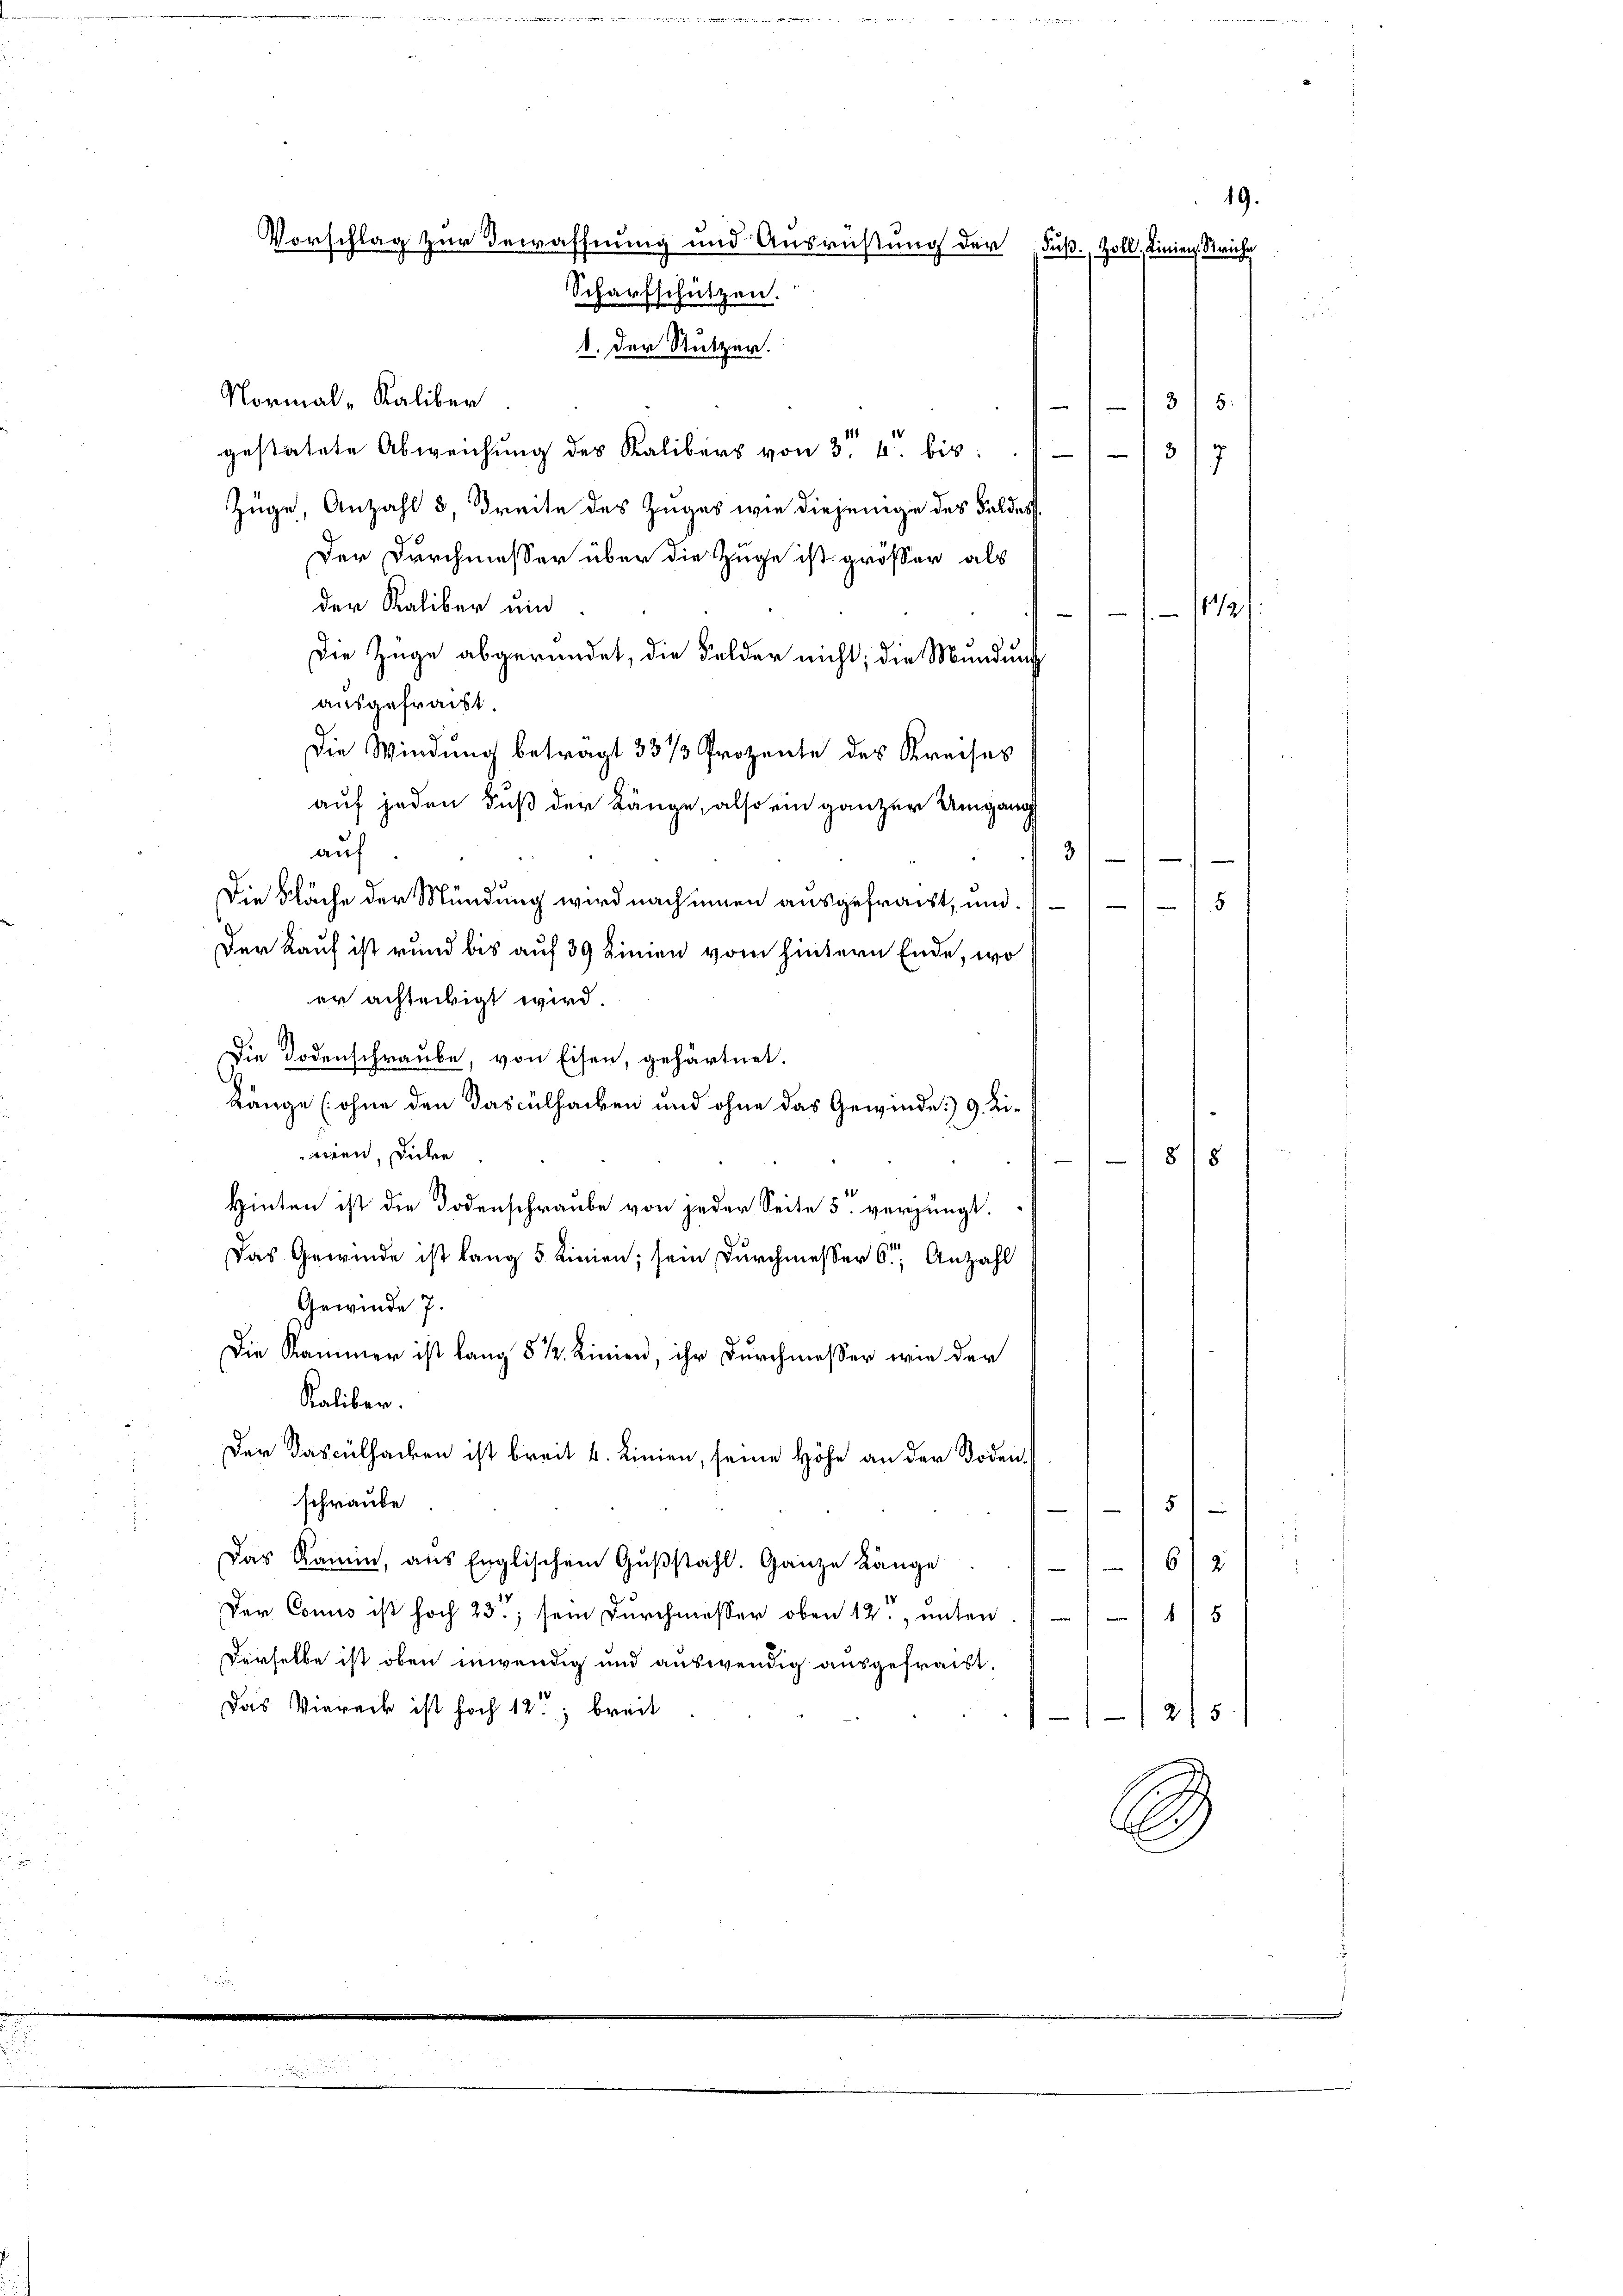
19
Vorschlag zur Bewaffnung und Ausrüstung der Fuß. Zoll, Linien. Striche
Scharfschützen.
d. Der Stutzer.
Normal-Kaliber
1315.
gestatete Abweichung des Kalibers von 34. bis
3
.
7
Züge, Anzahl 3, Breite des Zuges wie diejenige des Feldes
Der Durchmesser über die Zuge ist grösser als

der Kaliber und
 11491/
Die Züge abgeründet, die Felder nicht; die Mündung
ausgefracht.
Die Windung betragt 33 1/3 Prozente des Kreises
auf jeden Fuß der Länge, also ein ganzer Umgang
auf

Die Fläche der Mündung wird nach innen ausgefracht, und 1/5
Der Kauf ist rund bis auf 39 Linien vom hintern Ende, wo
er achteckigt wird.
Die Bodenschraube, von Eisen, gehärtnet.
Länge (ohne den Dasculsachen und ohne das Gewinde. 9. Li-
men, die
/8 18
Hinten ist die Todenschraube von jeder Seite 5 verjüngt.
Das Gewinde ist lang 5 Linien; sein Durchmesser 6t Anzahl
Gewinde 7.
Die Kammer ist lang § 12. Linien, ihr Durchmesser wie der
Kaliber.
Der Kasculsacken ist breit k. Linien, seine Höhe an der Bodenschraube
5
Das Kamin, aus Englischem Gußstahl. Ganze Länge
612
Der Comis ist hoch 23; sein Durchmesser oben 12. unten
15
Derselbe ist oben inwendig und auswendig ausgefraist.
Das Viereck ist hoch 12; breit
1215.
A